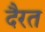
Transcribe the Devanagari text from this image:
दैरत